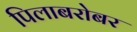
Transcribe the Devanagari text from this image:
पिलाबरोबर